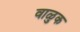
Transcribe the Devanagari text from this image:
वाळुक